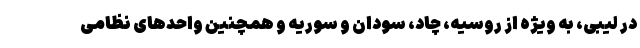
در لیبی، به ویژه از روسیه، چاد، سودان و سوریه و همچنین واحدهای نظامی